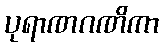
ပုရာဏဂဏိကာ